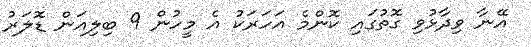
އޭނާ ވިދާޅުވި ގޮތުގައި ކޮންމެ އަހަރަކު އެ މީހުން 9 ބިލިއަން ޑޮލަރު